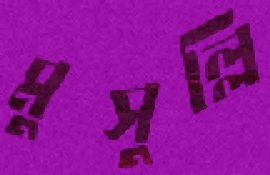
মুসুল্লি